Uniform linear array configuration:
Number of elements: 24
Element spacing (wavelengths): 0.5
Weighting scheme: exponential
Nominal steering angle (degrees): -30
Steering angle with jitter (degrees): -30.953
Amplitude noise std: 0.05
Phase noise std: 0.05

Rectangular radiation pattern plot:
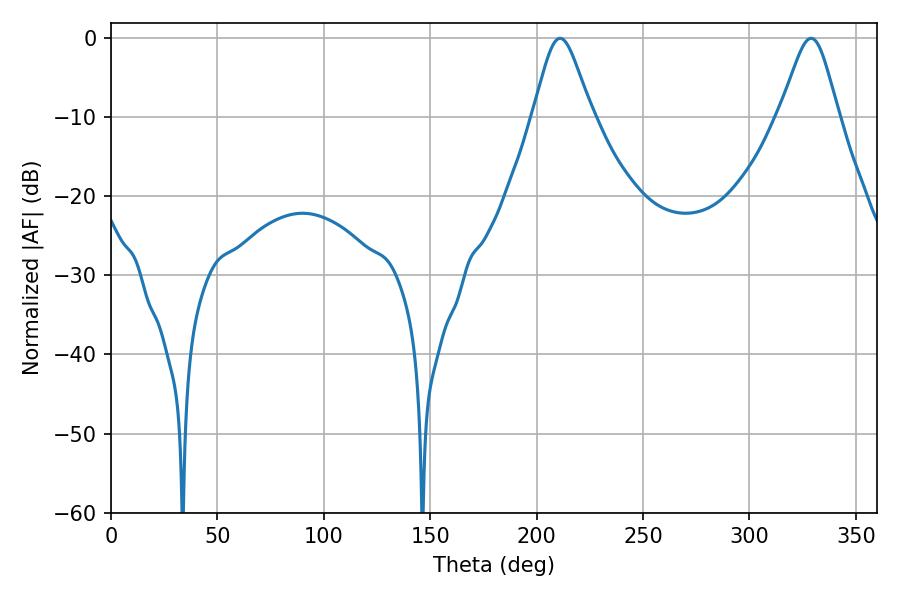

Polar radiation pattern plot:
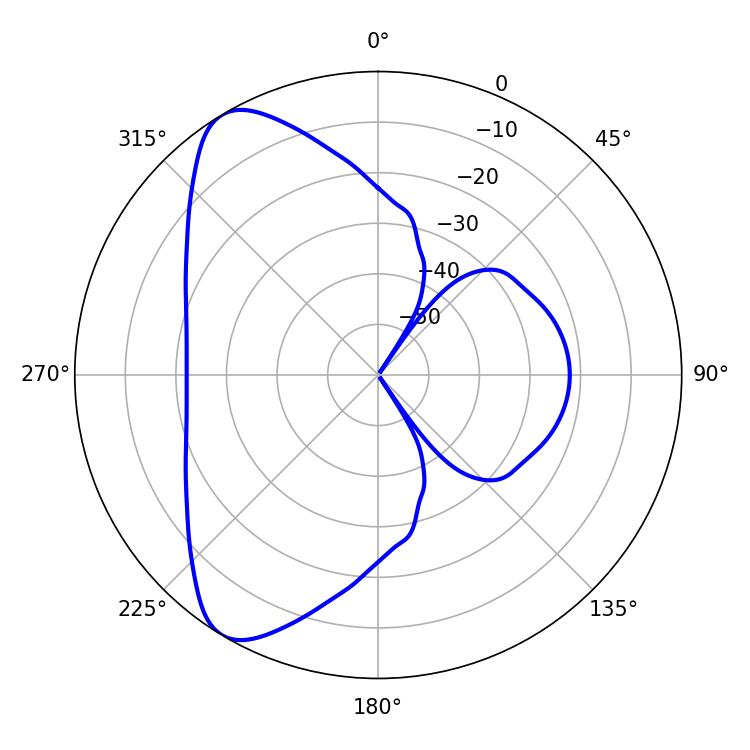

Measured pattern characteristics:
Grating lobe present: FALSE
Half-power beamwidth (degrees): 13.32
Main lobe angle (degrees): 210.96